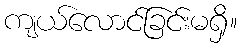
ကျယ်လောင်ခြင်းမရှိ။